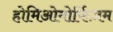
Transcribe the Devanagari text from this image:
होमिओमोर्फिज़म